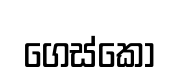
ගෙස්කෝ